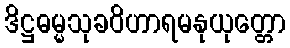
ဒိဋ္ဌဓမ္မသုခဝိဟာရမနုယုတ္တော